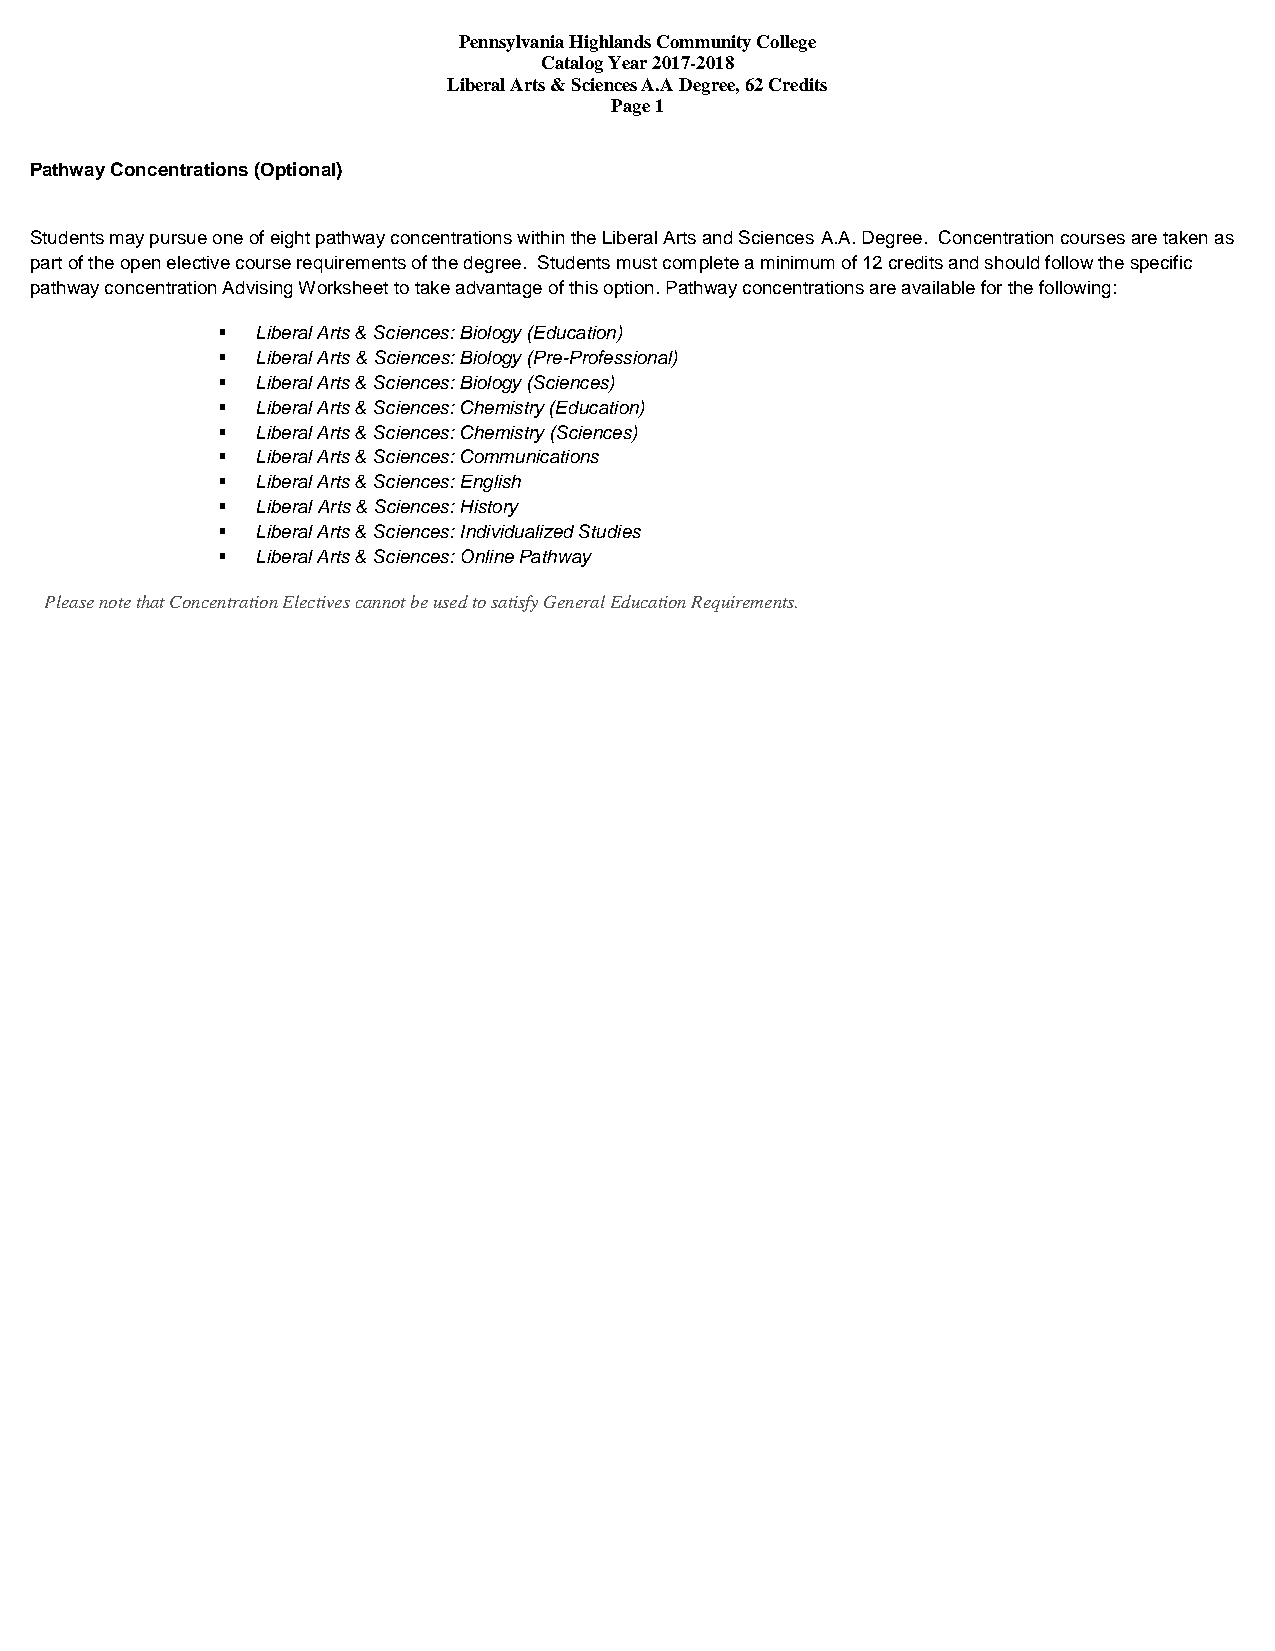
Pennsylvania Highlands Community College
 Catalog Year 2017-2018
 Liberal Arts & Sciences A.A Degree, 62 Credits
 Page 1
 Pathway Concentrations (Optional)
 Students may pursue one of eight pathway concentrations within the Liberal Arts and Sciences A.A. Degree. Concentration courses are taken as
 part of the open elective course requirements of the degree. Students must complete a minimum of 12 credits and should follow the specific
 pathway concentration Advising Worksheet to take advantage of this option. Pathway concentrations are available for the following:
   Liberal Arts & Sciences: Biology (Education)
   Liberal Arts & Sciences: Biology (Pre-Professional)
   Liberal Arts & Sciences: Biology (Sciences)
   Liberal Arts & Sciences: Chemistry (Education)
   Liberal Arts & Sciences: Chemistry (Sciences)
   Liberal Arts & Sciences: Communications
   Liberal Arts & Sciences: English
   Liberal Arts & Sciences: History
   Liberal Arts & Sciences: Individualized Studies
   Liberal Arts & Sciences: Online Pathway
 Please note that Concentration Electives cannot be used to satisfy General Education Requirements.